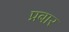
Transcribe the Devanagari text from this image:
प्रबार